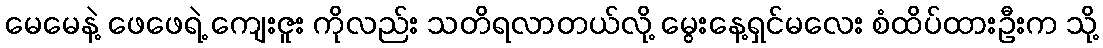
မေမေနဲ့ ဖေဖေရဲ့ ကျေးဇူး ကိုလည်း သတိရလာတယ်လို့ မွေးနေ့ရှင်မလေး စံထိပ်ထားဦးက သို့